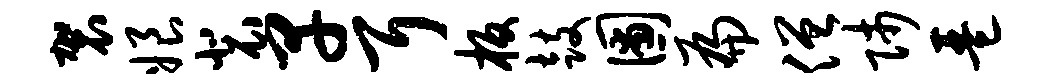
袈娘裴早耳板鼓圃扁僧师琶